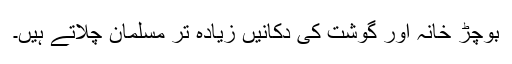
بوچڑ خانہ اور گوشت کی دکانیں زیادہ تر مسلمان چلاتے ہیں۔